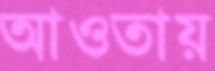
আওতায়